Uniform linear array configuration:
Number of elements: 24
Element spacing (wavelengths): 0.25
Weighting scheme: binomial
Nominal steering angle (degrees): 30
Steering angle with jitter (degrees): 29.441
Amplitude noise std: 0.05
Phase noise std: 0.05

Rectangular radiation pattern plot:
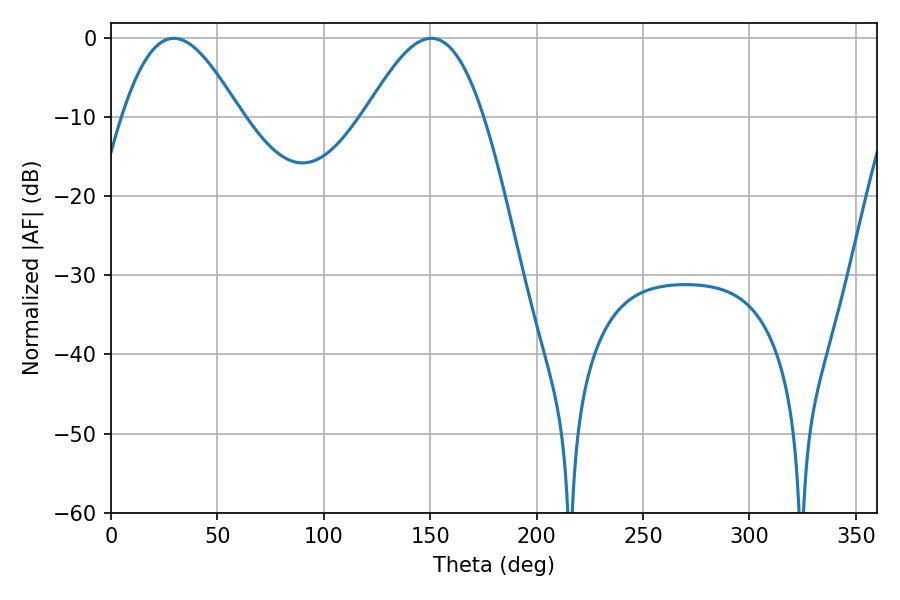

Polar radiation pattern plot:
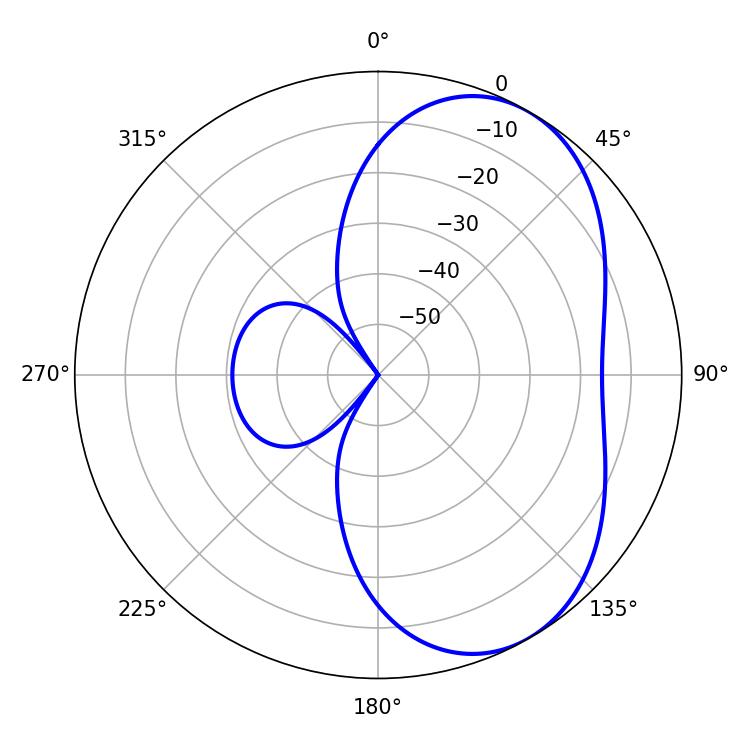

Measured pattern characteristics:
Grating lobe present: FALSE
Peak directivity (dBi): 5.154
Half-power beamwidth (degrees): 29.88
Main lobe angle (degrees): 29.52